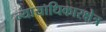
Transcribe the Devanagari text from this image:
न्यायाधिकारक्षेत्र